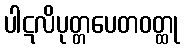
ပါဋလိပုတ္တပေတဝတ္ထု